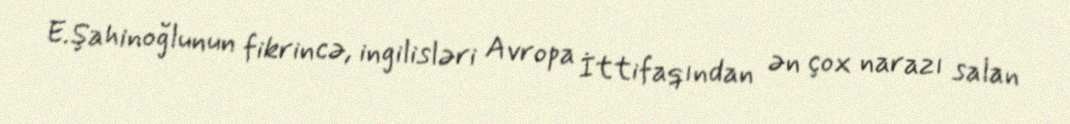
E.Şahinoğlunun fikrincə, ingilisləri Avropa İttifaqından ən çox narazı salan